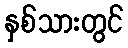
နှစ်သားတွင်